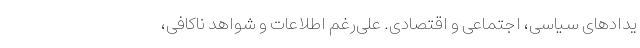
یدادهای سیاسی، اجتماعی و اقتصادی. علی‌رغم اطلاعات و شواهد ناکافی،